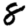
Digit: 8